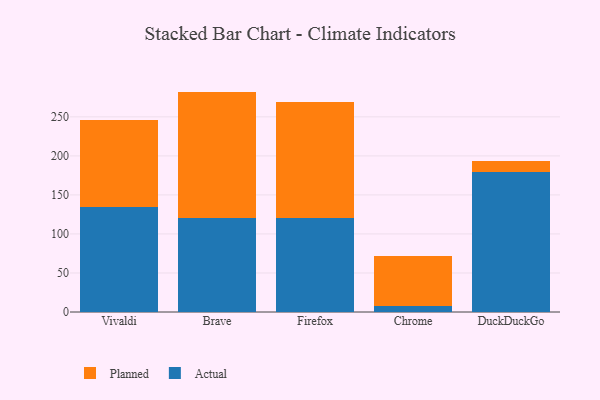
{"axis": {"x": "Browser", "y": "Revenue (USD Million)"}, "legend": ["Actual", "Planned"], "data": [{"x": "Vivaldi", "y": 134.1, "type": "Actual"}, {"x": "Vivaldi", "y": 111.8, "type": "Planned"}, {"x": "Brave", "y": 120.0, "type": "Actual"}, {"x": "Brave", "y": 162.4, "type": "Planned"}, {"x": "Firefox", "y": 120.6, "type": "Actual"}, {"x": "Firefox", "y": 148.0, "type": "Planned"}, {"x": "Chrome", "y": 7.1, "type": "Actual"}, {"x": "Chrome", "y": 64.4, "type": "Planned"}, {"x": "DuckDuckGo", "y": 179.3, "type": "Actual"}, {"x": "DuckDuckGo", "y": 14.8, "type": "Planned"}]}